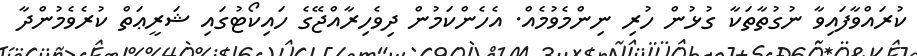
ކުރައްވާފައިވާ ނުގުތާތަކާ ގުޅުން ހުރި ނިންމެވުމެއް. އެހެންކަމުން ދިވެހިރާއްޖޭގެ ހައިކޯޓުގައި ޝަރީޢަތް ކުރެވެމުންދާ